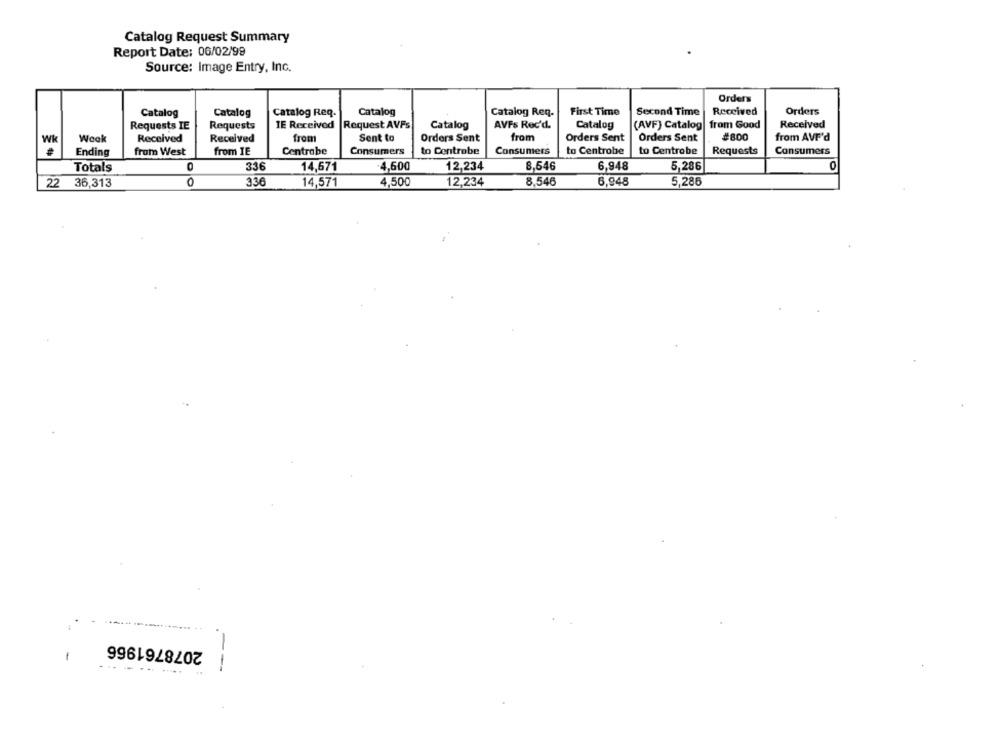
Catalog Request Summary
Report Date: 06/02/99
Source: Image Entry, Inc.
Orders
Catalog
Catalog Req.
Catalog
Catalog Req.
First Time
Second Time
Received
Orders
Catalog
Requests TE
Requests
IE Received |Request AVFS
Catalog
AVFs Rec'd.
Catalog
(AVF) Catalog
from Good
Received
Weak
Received
Received
from
Sent to
Orders Sent
from
Orders Sent
Orders Sent
#800
from AVF'd
Wk
Ending
from West
from IE
Centrobe
Consumers
to Centrobe
Consumers
to Centrobe
to Centrobe
Requests
Consumers
Totals
336
14,671
4,600
12,234
8,646
6,948
5,286
O
22
36,313
0
336
14,571
4,500
12,234
8.546
6,948
5,286
2078761966
-
...